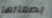
بصماتها